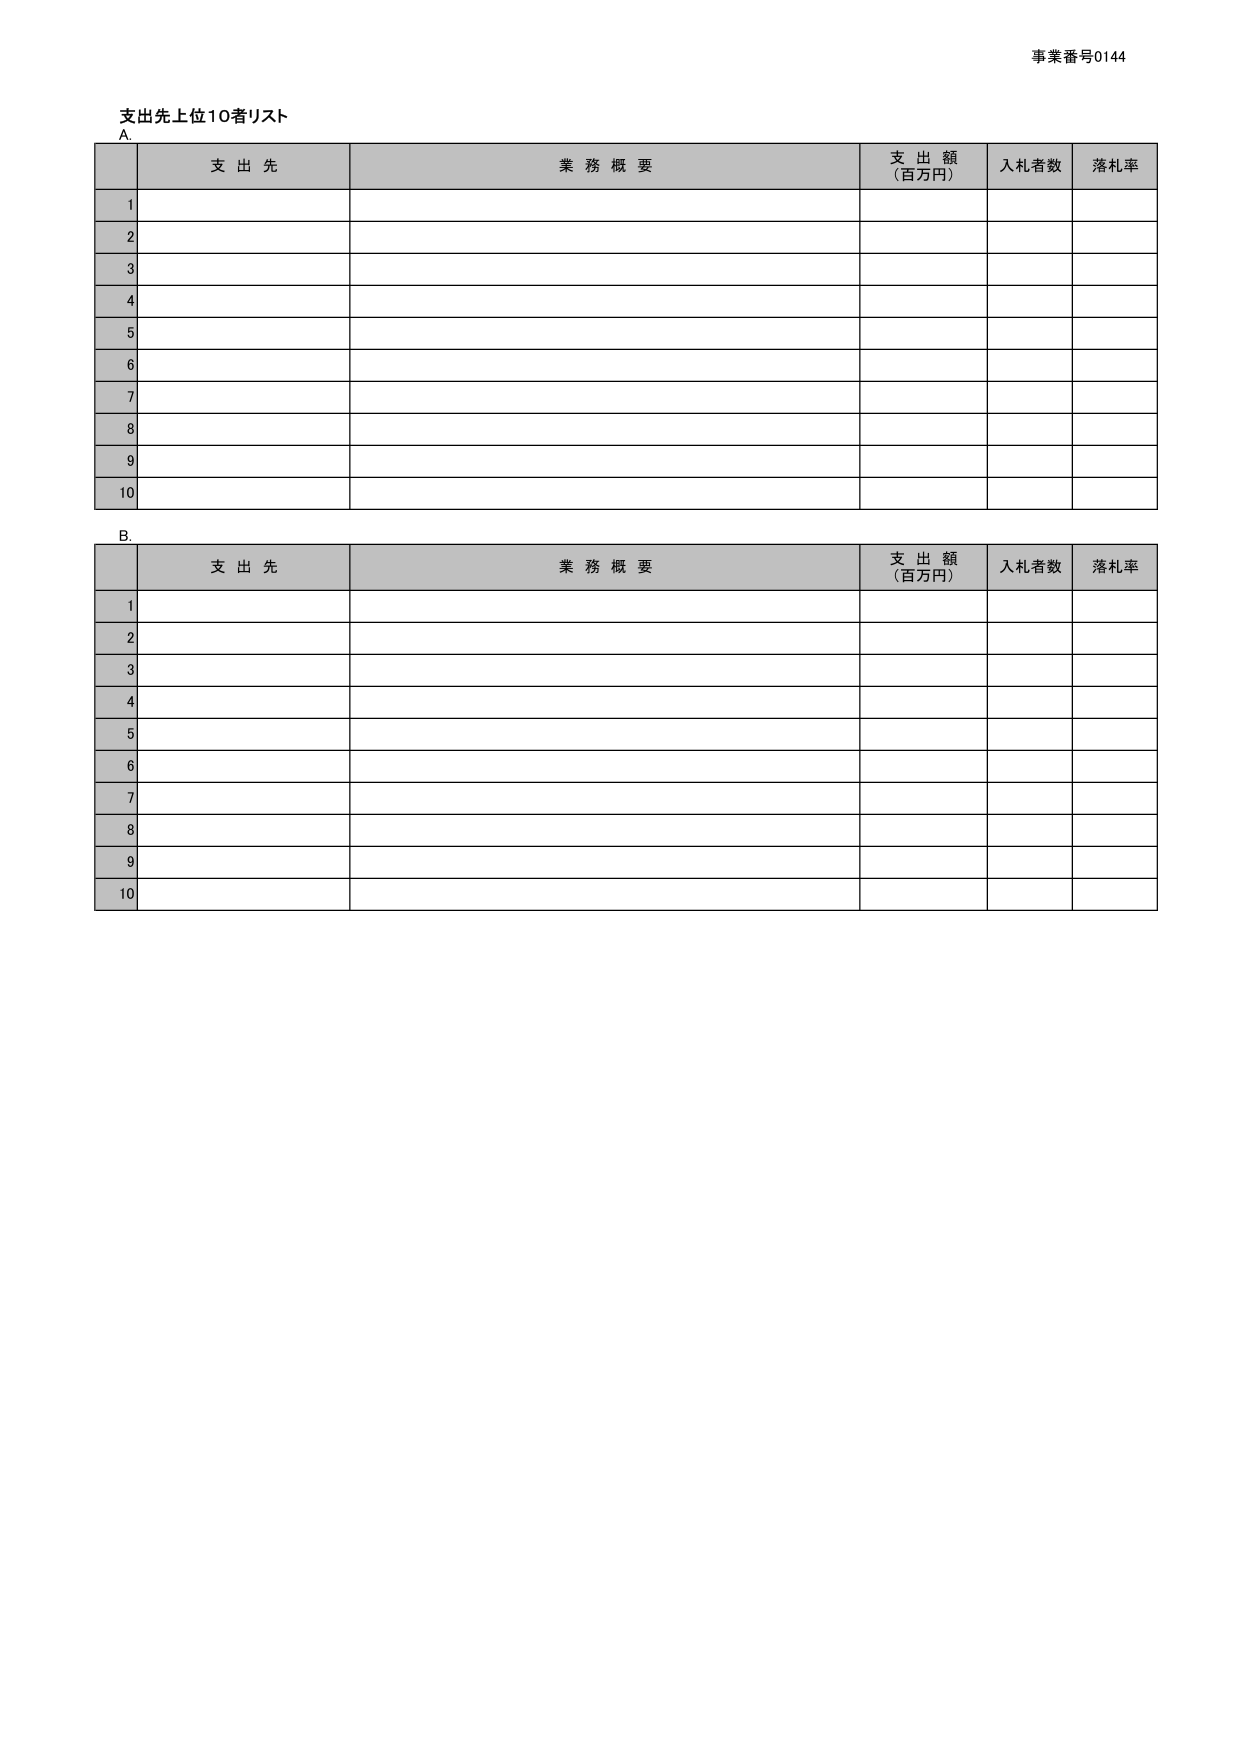
事業番号0144
支出先上位10者リスト
A.
支 出 先　　業 務 概 要　　支 出 額（百万円）　入札者数　落札率
1
2
3
4
5
6
7
8
9
10
B.
支 出 先　　業 務 概 要　　支 出 額（百万円）　入札者数　落札率
1
2
3
4
5
6
7
8
9
10